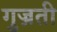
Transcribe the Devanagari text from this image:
गुज्रती